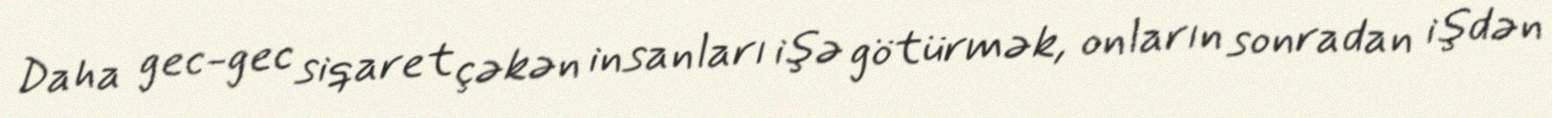
Daha gec-gec siqaret çəkən insanları işə götürmək, onların sonradan işdən